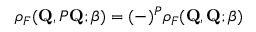
\rho _ { F } ( \mathbf { Q } , { \cal P } \mathbf { Q } ; \beta ) = ( - ) ^ { \cal P } \rho _ { F } ( \mathbf { Q } , \mathbf { Q } ; \beta )